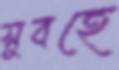
সুবহে